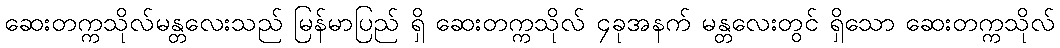
ဆေးတက္ကသိုလ်မန္တလေးသည် မြန်မာပြည် ရှိ ဆေးတက္ကသိုလ် ၄ခုအနက် မန္တလေးတွင် ရှိသော ဆေးတက္ကသိုလ်